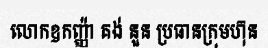
លោកឧកញ្ញ៉ា គង់ នួន ប្រធានក្រុមហ៊ុន